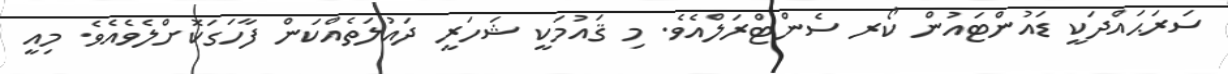
ސަރަޙައްދަކީ ޑައުންޓައުން ކޯރ ސެންޓްރަލްއެވެ. މި ޤައުމަކީ ޝަހަރީ ދައުލަތެއްކަން ފާހަގަކޮށްލެވެއެވެ. މިއީ